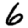
Digit: 6